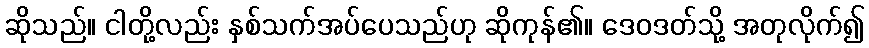
ဆိုသည်။ ငါတို့လည်း နှစ်သက်အပ်ပေသည်ဟု ဆိုကုန်၏။ ဒေဝဒတ်သို့ အတုလိုက်၍